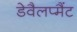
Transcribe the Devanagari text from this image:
डेवैलप्मैंट